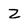
Character: z